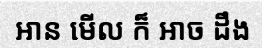
អាន មើល ក៏ អាច ដឹង